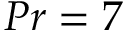
P r = 7